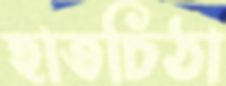
হাতচিঠা